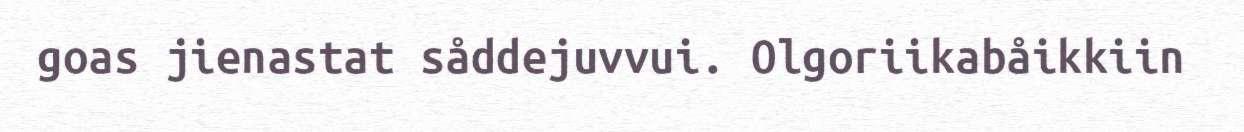
goas jienastat såddejuvvui. Olgoriikabåikkiin